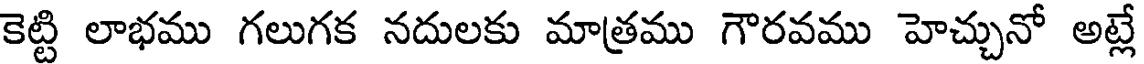
కెట్టి లాభము గలుగక నదులకు మాత్రము గౌరవము హెచ్చునో అట్లే